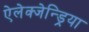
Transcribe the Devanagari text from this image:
ऐलेक्जेन्ड्रिया